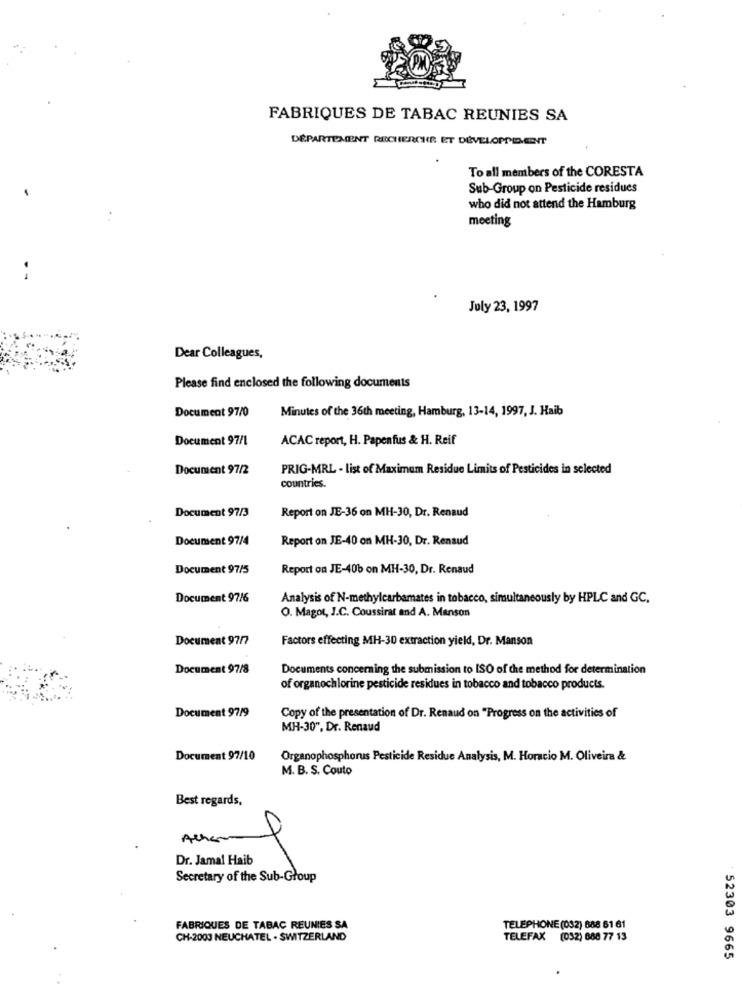
FABRIQUES DE TABAC REUNIES SA
DÉPARTEMENT RECHERCHE ET DÉVELOPPEMENT
To all members of the CORESTA
Sub-Group on Pesticide residues
who did not attend the Hamburg
meeting
July 23, 1997
Dear Colleagues,
Please find enclosed the following documents
Document 97/0
Minutes of the 36th meeting, Hamburg, 13-14, 1997, J. Haib
Document 97/1
ACAC report, H. Papenfus & H. Reif
Document 97/2
PRIG-MRL - list of Maximum Residue Limits of Pesticides in selected
countries.
Document 97/3
Report on JE-36 on MH-30, Dr. Renaud
Document 97/4
Report on JE-40 on MH-30, Dr. Renaud
Document 97/5
Report on JE-406 on MH-30, Dr. Renaud
Document 97/6
Analysis of N-methylcarbamates in tobacco, simultaneously by HPLC and GC.
O. Magot, J.C. Coussirat and A. Manson
Document 97/7
Factors effecting MH-30 extraction yield, Dr. Manson
Document 97/8
Documents concerning the submission to ISO of the method for determination
of organochlorine pesticide residues in tobacco and tobacco products.
Document 97/9
Copy of the presentation of Dr. Renaud on "Progress on the activities of
MH-30", Dr. Renaud
Document 97/10
Organophosphorus Pesticide Residue Analysis, M. Horacio M. Oliveira &
M. B. S. Couto
Best regards,
Acher
7
Dr. Jamal Haib
Secretary of the Sub-Group
FABRIQUES DE TABAC REUNIES SA
TELEPHONE (032) 888 61 61
CH-2003 NEUCHATEL . SWITZERLAND
TELEFAX (032) 688 77 13
52303 9665